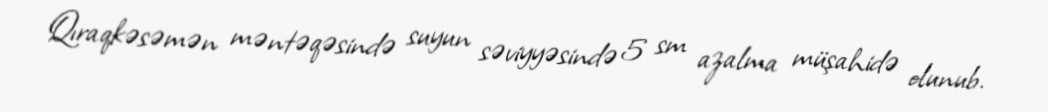
Qıraqkəsəmən məntəqəsində suyun səviyyəsində 5 sm azalma müşahidə olunub.